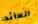
العائد